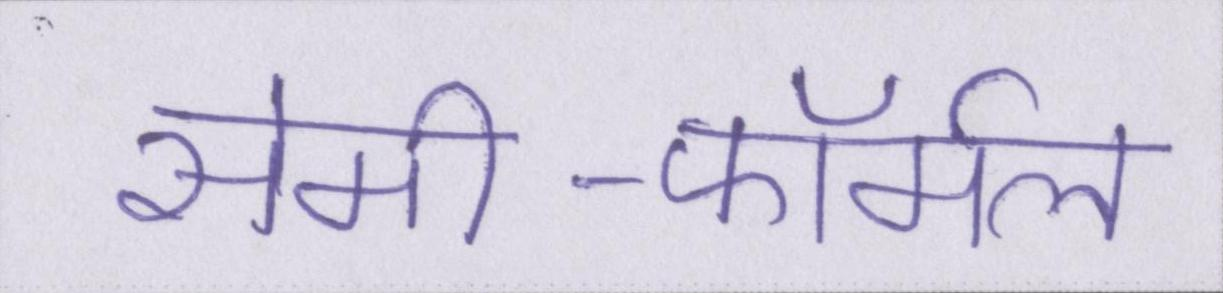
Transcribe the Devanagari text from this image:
सेमी-फॉर्मल